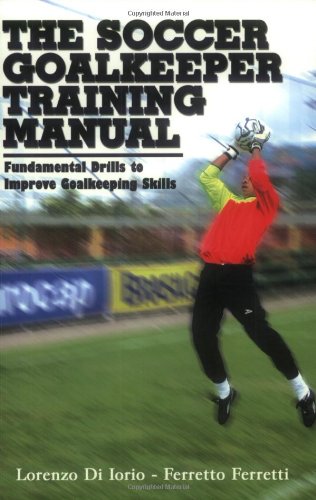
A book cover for The Soccer Goalkeeper Training Manual; Lorenzo di Iorio; Sports & Outdoors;